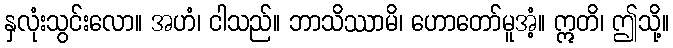
နှလုံးသွင်းလော။ အဟံ၊ ငါသည်။ ဘာသိဿာမိ၊ ဟောတော်မူအံ့။ ဣတိ၊ ဤသို့။